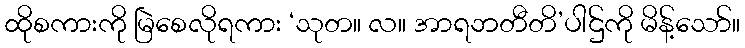
ထိုစကားကို မြဲစေလိုရကား ‘သုတ။ လ။ အာရဘတီတိ’ပါဌ်ကို မိန့်သော်။